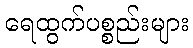
ရေထွက်ပစ္စည်းများ